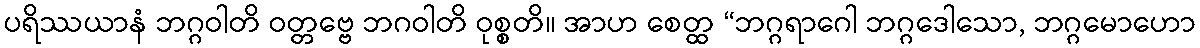
ပရိဿယာနံ ဘဂ္ဂဝါတိ ဝတ္တဗ္ဗေ ဘဂဝါတိ ဝုစ္စတိ။ အာဟ စေတ္ထ “ဘဂ္ဂရာဂေါ ဘဂ္ဂဒေါသော, ဘဂ္ဂမောဟော